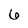
Character: 6